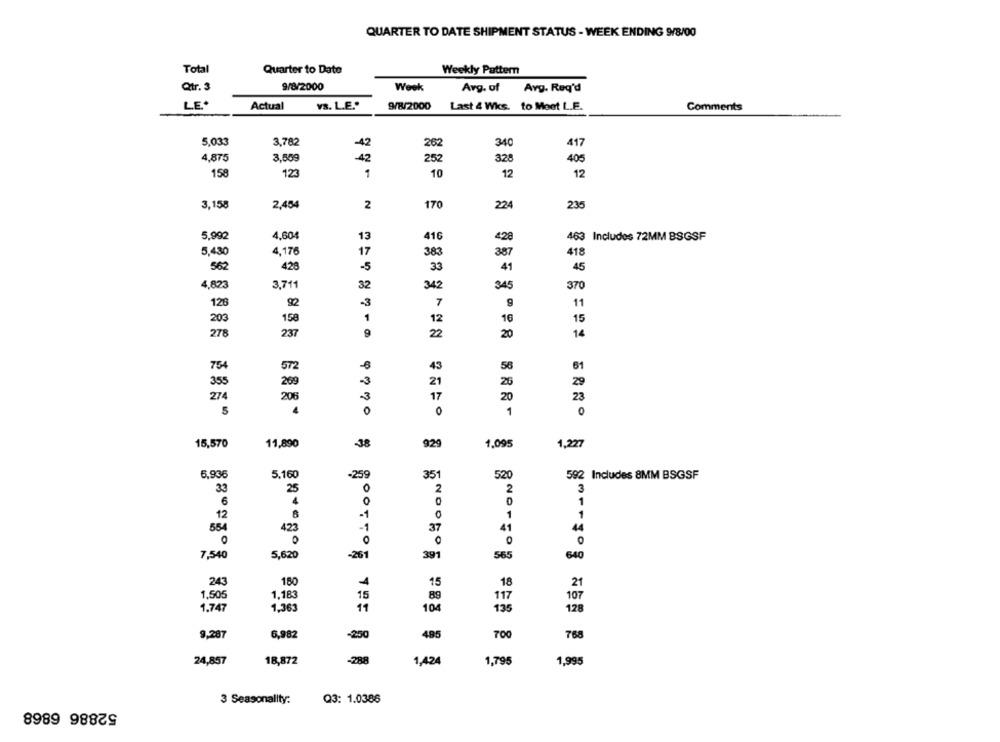
QUARTER TO DATE SHIPMENT STATUS - WEEK ENDING 9/8/00
Total
Quarter to Date
Weekly Pattern
Qtr. 3
9/8/2000
Week
Avg. of
Avg. Req'd
LE*
Actual
YS. L.E."
9/8/2000
Last 4 Wks. to Moet L.E.
Comments
5,033
3,782
-42
262
340
417
4,875
3,509
42
252
328
405
158
123
1
10
12
12
3,158
2,454
2
170
224
235
5,992
4,604
13
416
428
463 Includes 72MM BSGSF
5,430
4,176
17
387
383
418
562
428
-5
41
45
33
4,823
3,711
32
342
345
370
126
-3
7
9
11
203
158
1
12
16
15
278
237
22
20
14
754
572
-6
43
56
61
355
269
3
21
26
29
274
206
-3
17
20
23
5
4
0
1
15,570
11,890
-38
929
1.095
1,227
5,936
5,160
351
520
-259
592 Includes 8MM BSGSF
33
25
2
2
3
6
0
D
1
8
1
12
-1
1
554
423
41
-1
37
44
7,540
5,620
-261
391
565
640
243
180
4
15
18
21
1,505
1,183
15
89
117
107
1.747
1,363
11
104
135
128
9.287
6.982
-250
485
700
768
24,857
18,872
-288
1,424
1,795
1,995
52886 6868
3 Seasonality:
Q3: 1.0386